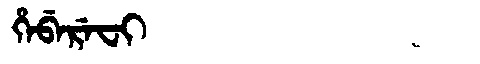
Manchu: ᡥᡝᠪᡝᡵᡝᠸᡳ
Romanization: HEBEREFI